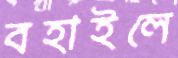
বহাইলে